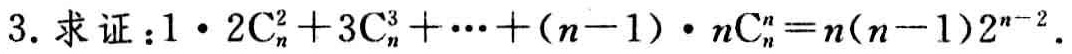
3. 求证：\(1\cdot 2\mathrm{C}_{n}^{2}+3\mathrm{C}_{n}^{3}+\cdots+(n - 1)\cdot n\mathrm{C}_{n}^{n}=n(n - 1)2^{n - 2}\).